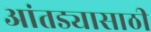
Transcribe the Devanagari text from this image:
आंतड्यासाठी